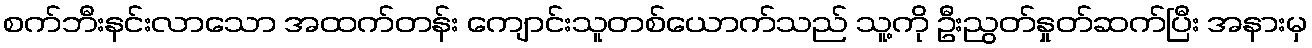
စက်ဘီးနင်းလာသော အထက်တန်း ကျောင်းသူတစ်ယောက်သည် သူ့ကို ဦးညွတ်နှုတ်ဆက်ပြီး အနားမှ